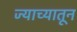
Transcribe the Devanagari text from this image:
ज्याच्यातून